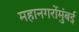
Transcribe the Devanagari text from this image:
महानगरोंमुंबई